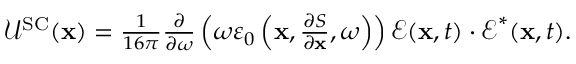
\begin{array} { r } { \mathcal { U } ^ { \mathrm { S C } } ( \mathbf { x } ) = \frac { 1 } { 1 6 \pi } \frac { \partial } { \partial \omega } \left( \omega \varepsilon _ { 0 } \left( \mathbf { x } , \frac { \partial S } { \partial \mathbf { x } } , \omega \right) \right) \boldsymbol { \mathcal { E } } ( \mathbf { x } , t ) \cdot \boldsymbol { \mathcal { E } } ^ { * } ( \mathbf { x } , t ) . } \end{array}